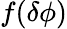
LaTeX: f(\delta\phi)